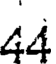
44